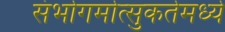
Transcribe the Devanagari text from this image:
संभोगमोत्सुकतेमध्ये